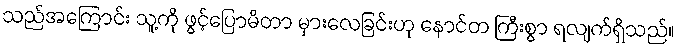
သည်အကြောင်း သူ့ကို ဖွင့်ပြောမိတာ မှားလေခြင်းဟု နောင်တ ကြီးစွာ ရလျက်ရှိသည်။